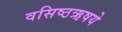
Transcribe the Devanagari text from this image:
वसिष्ठऋषये